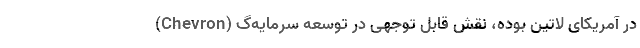
(Chevron) در آمریکای لاتین بوده، نقش قابل توجهی در توسعه سرمایه‌گ